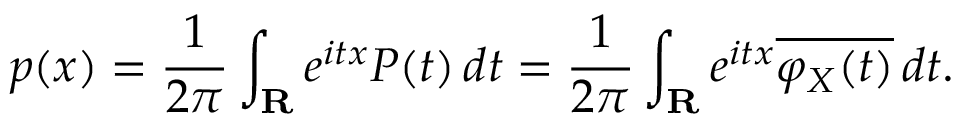
p ( x ) = { \frac { 1 } { 2 \pi } } \int _ { \mathbf { R } } e ^ { i t x } P ( t ) \, d t = { \frac { 1 } { 2 \pi } } \int _ { \mathbf { R } } e ^ { i t x } { \overline { { \varphi _ { X } ( t ) } } } \, d t .